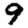
Digit: 9